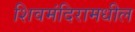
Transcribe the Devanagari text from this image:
शिवमंदिरामधील